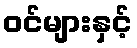
ဝင်များနှင့်